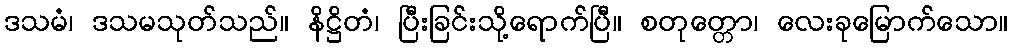
ဒသမံ၊ ဒသမသုတ်သည်။ နိဋ္ဌိတံ၊ ပြီးခြင်းသို့ရောက်ပြီ။ စတုတ္တော၊ လေးခုမြောက်သော။